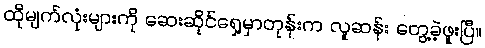
ထိုမျက်လုံးများကို ဆေးဆိုင်ရှေ့မှာတုန်းက လူဆန်း တွေ့ခဲ့ဖူးပြီ။